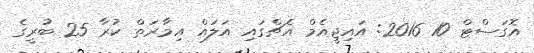
އޮގަސްޓް 10 2016: އައިޖީއެމް އެޗްގައި އަލައް އިމާރަތް ކުރާ 25 ބުރީގެ